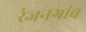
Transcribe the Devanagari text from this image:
रंजनगांव